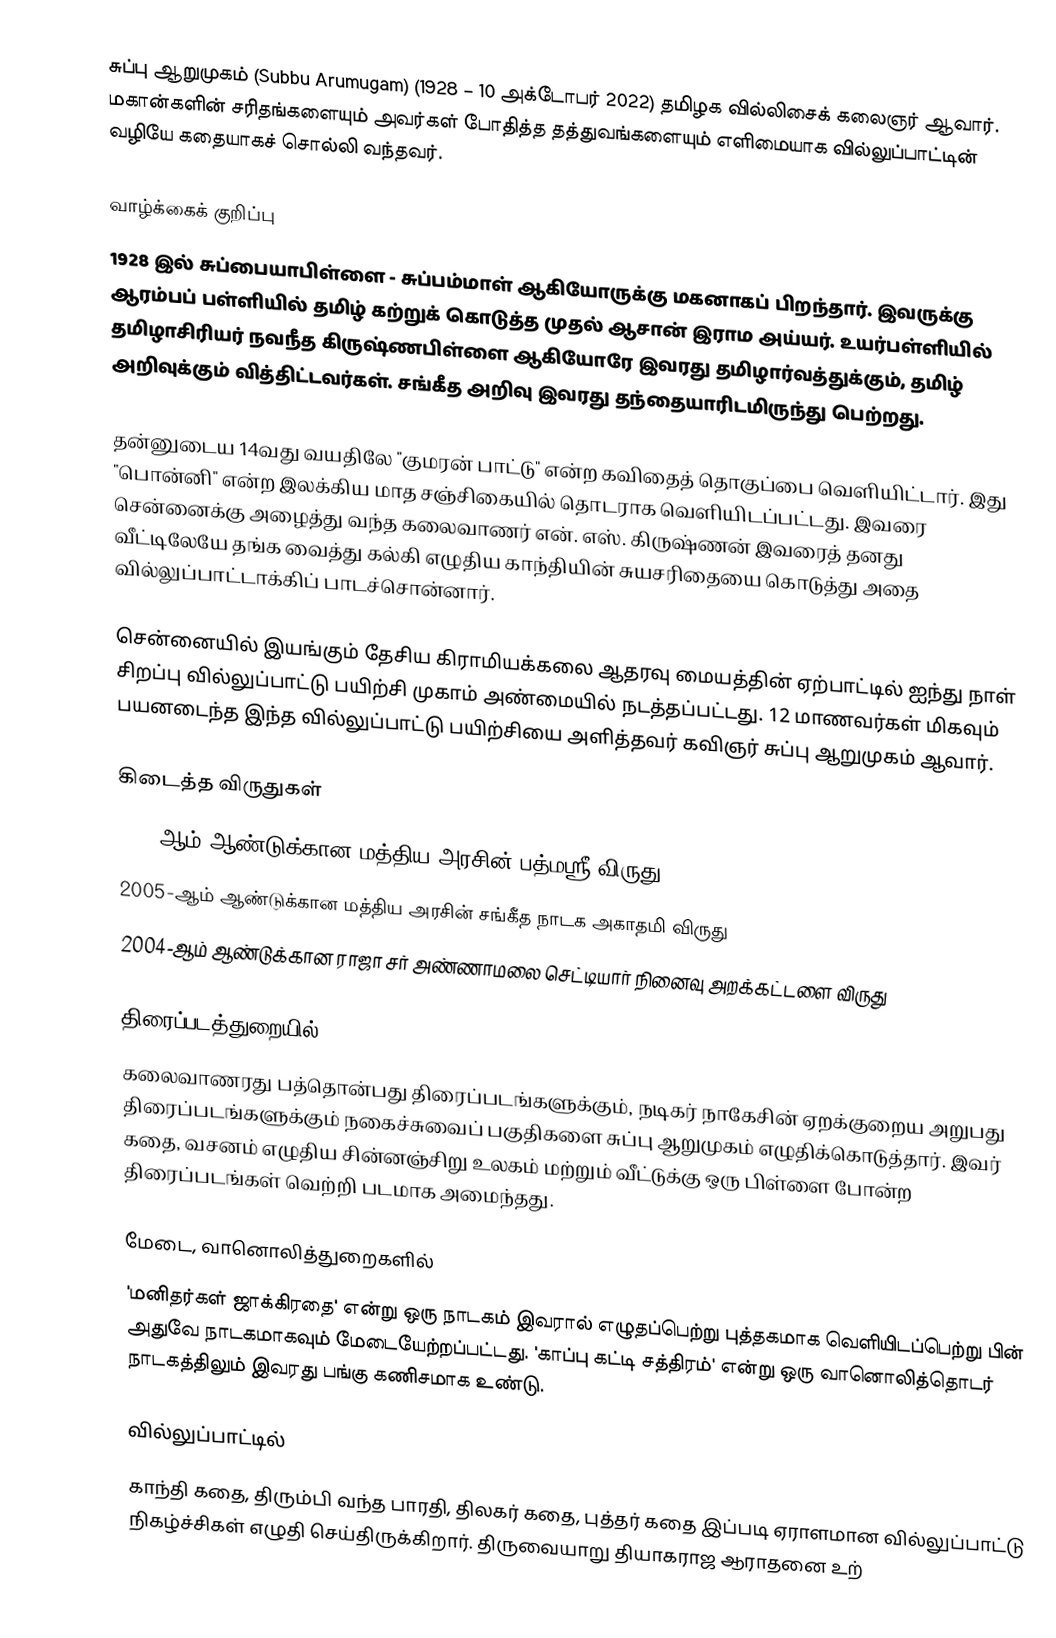
சுப்பு ஆறுமுகம் (Subbu Arumugam) (1928 – 10 அக்டோபர் 2022) தமிழக வில்லிசைக் கலைஞர் ஆவார்.  மகான்களின் சரிதங்களையும் அவர்கள் போதித்த தத்துவங்களையும் எளிமையாக வில்லுப்பாட்டின் வழியே கதையாகச் சொல்லி வந்தவர்.

வாழ்க்கைக் குறிப்பு
1928 இல் சுப்பையாபிள்ளை - சுப்பம்மாள் ஆகியோருக்கு மகனாகப் பிறந்தார். இவருக்கு ஆரம்பப் பள்ளியில் தமிழ் கற்றுக் கொடுத்த முதல் ஆசான் இராம அய்யர். உயர்பள்ளியில் தமிழாசிரியர் நவநீத கிருஷ்ணபிள்ளை ஆகியோரே இவரது தமிழார்வத்துக்கும், தமிழ் அறிவுக்கும் வித்திட்டவர்கள். சங்கீத அறிவு இவரது தந்தையாரிடமிருந்து பெற்றது.

தன்னுடைய 14வது வயதிலே "குமரன் பாட்டு" என்ற கவிதைத் தொகுப்பை வெளியிட்டார். இது "பொன்னி" என்ற இலக்கிய மாத சஞ்சிகையில் தொடராக வெளியிடப்பட்டது. இவரை சென்னைக்கு அழைத்து வந்த கலைவாணர் என். எஸ். கிருஷ்ணன் இவரைத் தனது வீட்டிலேயே தங்க வைத்து கல்கி எழுதிய காந்தியின் சுயசரிதையை கொடுத்து அதை வில்லுப்பாட்டாக்கிப் பாடச்சொன்னார்.

சென்னையில் இயங்கும் தேசிய கிராமியக்கலை ஆதரவு மையத்தின் ஏற்பாட்டில் ஐந்து நாள் சிறப்பு வில்லுப்பாட்டு பயிற்சி முகாம் அண்மையில் நடத்தப்பட்டது. 12 மாணவர்கள் மிகவும் பயனடைந்த இந்த வில்லுப்பாட்டு பயிற்சியை அளித்தவர் கவிஞர் சுப்பு ஆறுமுகம் ஆவார்.

கிடைத்த விருதுகள்
 2021-ஆம் ஆண்டுக்கான மத்திய அரசின் பத்மஸ்ரீ விருது
 2005-ஆம் ஆண்டுக்கான மத்திய அரசின் சங்கீத நாடக அகாதமி விருது
 2004-ஆம் ஆண்டுக்கான ராஜா சர் அண்ணாமலை செட்டியார் நினைவு அறக்கட்டளை விருது

திரைப்படத்துறையில்
கலைவாணரது பத்தொன்பது திரைப்படங்களுக்கும், நடிகர் நாகேசின் ஏறக்குறைய அறுபது திரைப்படங்களுக்கும் நகைச்சுவைப் பகுதிகளை சுப்பு ஆறுமுகம் எழுதிக்கொடுத்தார். இவர் கதை, வசனம் எழுதிய சின்னஞ்சிறு உலகம் மற்றும் வீட்டுக்கு ஒரு பிள்ளை போன்ற திரைப்படங்கள் வெற்றி படமாக அமைந்தது.

மேடை, வானொலித்துறைகளில்
'மனிதர்கள் ஜாக்கிரதை' என்று ஒரு நாடகம் இவரால் எழுதப்பெற்று புத்தகமாக வெளியிடப்பெற்று பின் அதுவே நாடகமாகவும் மேடையேற்றப்பட்டது. 'காப்பு கட்டி சத்திரம்' என்று ஒரு வானொலித்தொடர் நாடகத்திலும் இவரது பங்கு கணிசமாக உண்டு.

வில்லுப்பாட்டில்
காந்தி கதை, திரும்பி வந்த பாரதி, திலகர் கதை, புத்தர் கதை இப்படி ஏராளமான வில்லுப்பாட்டு நிகழ்ச்சிகள் எழுதி செய்திருக்கிறார். திருவையாறு தியாகராஜ ஆராதனை உற்